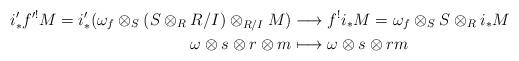
LaTeX: \begin{align*}i'_\ast f'^! M = i'_\ast(\omega_f \otimes_S (S \otimes_R R/I) \otimes_{R/I} M) &\longrightarrow f^! i_\ast M = \omega_f \otimes_S S \otimes_R i_\ast M\\ \omega \otimes s \otimes r \otimes m &\longmapsto \omega \otimes s \otimes rm\end{align*}